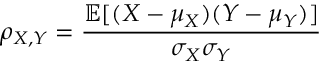
\rho _ { X , Y } = { \frac { \operatorname { \mathbb { E } } [ ( X - \mu _ { X } ) ( Y - \mu _ { Y } ) ] } { \sigma _ { X } \sigma _ { Y } } }